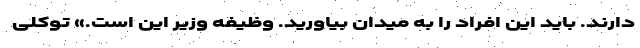
دارند. باید این افراد را به میدان بیاورید. وظیفه وزیر این است.» توکلی